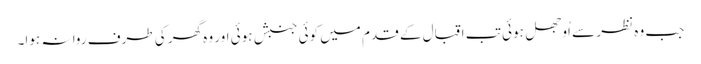
جب وہ نظر سے اُوجھل ہوئی تب اقبال کے قدم میں کوئی جنبش ہوئی اور وہ گھر کی طرف روا نہ ہوا۔